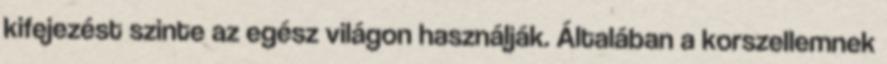
kifejezést szinte az egész világon használják. Általában a korszellemnek